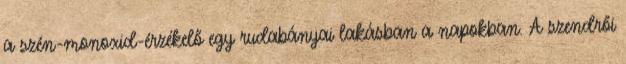
a szén-monoxid-érzékelő egy rudabányai lakásban a napokban. A szendrői